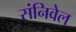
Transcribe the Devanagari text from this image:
संनिवेल